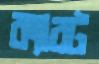
ক্যারট